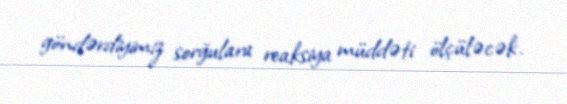
göndərdiyimiz sorğulara reaksiya müddəti ölçüləcək.